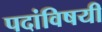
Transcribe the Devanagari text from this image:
पदांविषयी